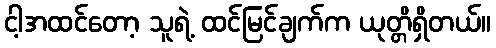
ငါ့အထင်တော့ သူရဲ့ ထင်မြင်ချက်က ယုတ္တိရှိတယ်။